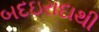
બદઇરાદાથી